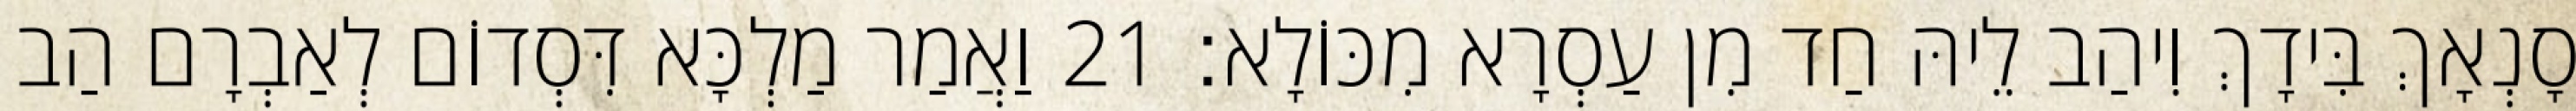
סָנְאָךְ בִּידָךְ וִיהַב לֵיהּ חַד מִן עַסְרָא מִכּוֹלָא׃ 21 וַאֲמַר מַלְכָּא דִּסְדוֹם לְאַבְרָם הַב